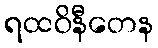
ရထဝိနီတေန